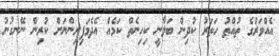
އެއްވަރުގެ ތުއްތު ހަތަރު ކުދިން ބަލާނީ ކިހިނެތް ކަމެއް އެދެމަފިރިންނަށް ކުރިން ނޭނގުނު